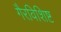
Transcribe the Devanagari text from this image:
गैरविशिष्ट